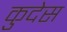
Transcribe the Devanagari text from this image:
कुदेस